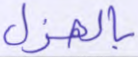
بالهزل